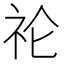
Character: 𮵙